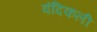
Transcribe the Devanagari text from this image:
वंदिकली